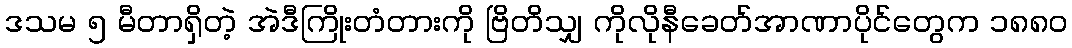
ဒသမ ၅ မီတာရှိတဲ့ အဲဒီကြိုးတံတားကို ဗြိတိသျှ ကိုလိုနီခေတ်အာဏာပိုင်တွေက ၁၈၈၀